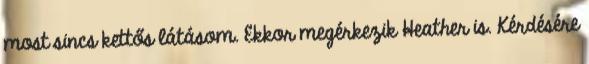
most sincs kettős látásom. Ekkor megérkezik Heather is. Kérdésére